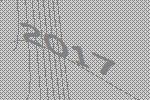
2017